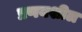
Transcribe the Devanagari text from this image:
प्रणयशील